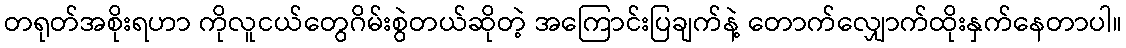
တရုတ်အစိုးရဟာ ကိုလူငယ်တွေဂိမ်းစွဲတယ်ဆိုတဲ့ အကြောင်းပြချက်နဲ့ တောက်လျှောက်ထိုးနှက်နေတာပါ။